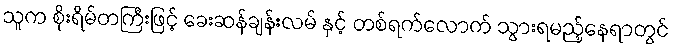
သူက စိုးရိမ်တကြီးဖြင့် ခေးဆန်ချန်းလမ် နှင့် တစ်ရက်လောက် သွားရမည့်နေရာတွင်